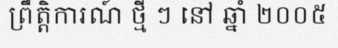
ព្រឹត្តិការណ៍ ថ្មី ៗ នៅ ឆ្នាំ ២០០៥